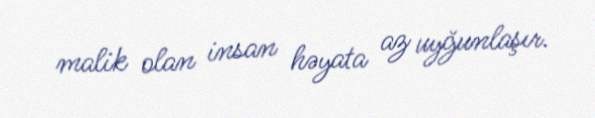
malik olan insan həyata az uyğunlaşır.